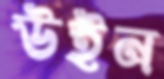
উইন